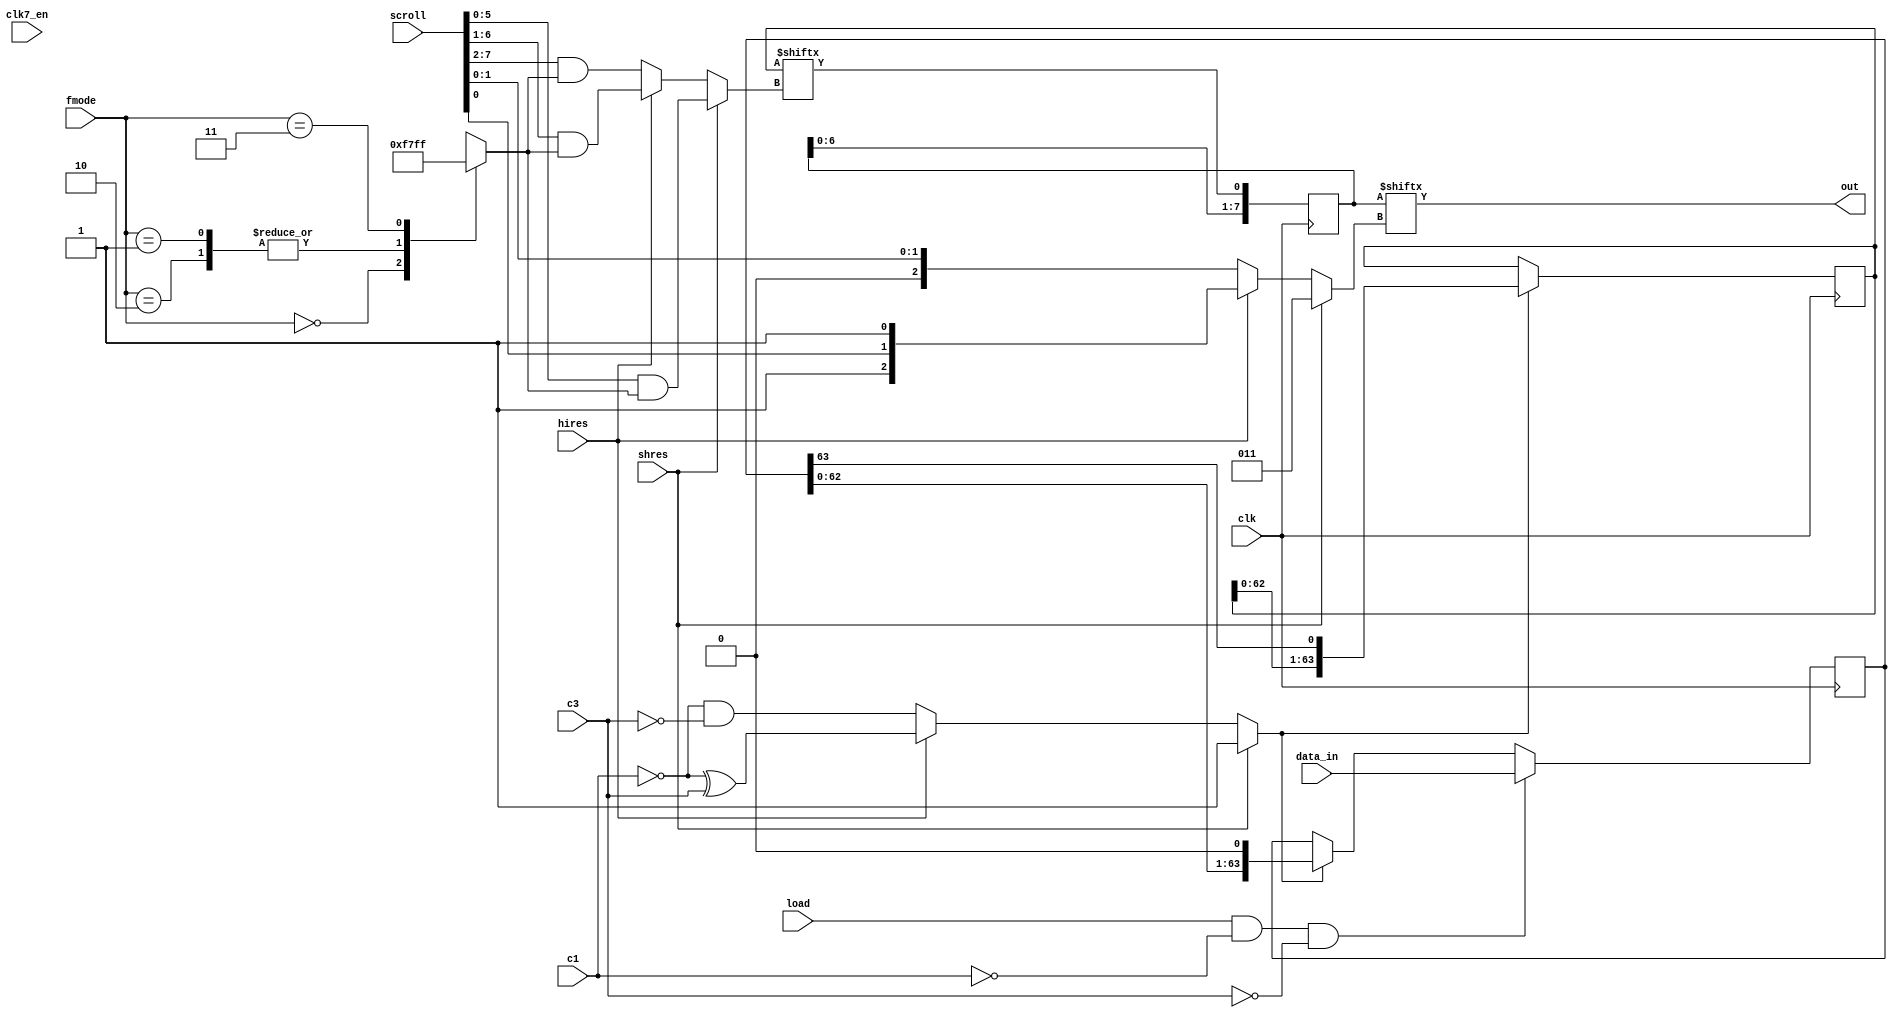
module denise_bitplane_shifter
(
  input  wire           clk,      // 35ns pixel clock
  input  wire           clk7_en,  // 7MHz clock enable
  input  wire           c1,       // clock phase signals
  input  wire           c3,       // clock phase signals
  input  wire           load,     // load shift register signal
  input  wire           hires,    // high resolution select
  input  wire           shres,    // super high resolution select (takes priority over hires)
  input  wire [  2-1:0] fmode,    // AGA fetch mode
  input  wire [ 64-1:0] data_in,  // parallel load data input
  input  wire [  8-1:0] scroll,   // scrolling value
  output wire           out       // shift register output
);


// local signals
reg  [ 6-1:0] fmode_mask;         // fetchmode mask
reg  [64-1:0] shifter;            // main shifter
reg  [64-1:0] scroller;           // scroller shifter
reg           shift;              // shifter enable
reg  [ 6-1:0] select;             // shifter pixel select
wire          scroller_out;       // scroller output
reg  [ 8-1:0] sh_scroller;        // superhires scroller
reg  [ 3-1:0] sh_select;          // superhires scroller pixel select


// fetchmode mask
always @ (*) begin
  case(fmode[1:0])
    2'b00 : fmode_mask = 6'b00_1111;
    2'b01,
    2'b10 : fmode_mask = 6'b01_1111;
    2'b11 : fmode_mask = 6'b11_1111;
  endcase
end


// main shifter and scroller control
always @ (*) begin
  if (shres) begin
    // super hires mode
    shift = 1'b1; // shifter always enabled
    select[5:0] = scroll[5:0] & fmode_mask;
  end else if (hires) begin
    // hires mode
    shift = ~c1 ^ c3; // shifter enabled every other clock cycle
    select[5:0] = scroll[6:1] & fmode_mask;
  end else begin
    // lowres mode
    shift = ~c1 & ~c3; // shifter enabled once every 4 clock cycles
    select[5:0] = scroll[7:2] & fmode_mask;
  end
end


// main shifter
always @ (posedge clk) begin
  if (load && !c1 && !c3) begin
    // load new data into shifter
    shifter[63:0] <= data_in[63:0];
  end else if (shift) begin
    // shift already loaded data
    shifter[63:0] <= {shifter[62:0],1'b0};
  end
end


// main scroller
always @ (posedge clk) begin
  if (shift) begin
    // shift scroller data
    scroller[63:0] <= {scroller[62:0],shifter[63]};
  end
end


// main scroller output
assign scroller_out = scroller[select];


// superhires scroller control // TODO test if this is correct
always @ (*) begin
  if (shres) begin
    sh_select = 3'b011;
  end else if (hires) begin
    sh_select = {1'b1, scroll[0], 1'b1}; // MSB bit should probably be 0, this is a hack for kickstart screen ...
  end else begin
    sh_select = {1'b0, scroll[1:0]};
  end
end


// superhires scroller
always @ (posedge clk) begin
  sh_scroller[7:0] <= {sh_scroller[6:0], scroller_out};
end


// superhires scroller output
assign out = sh_scroller[sh_select];


endmodule